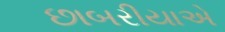
છાબરીયાએ